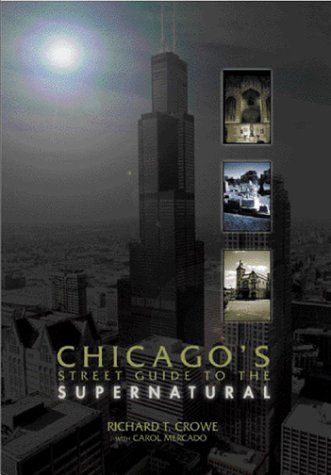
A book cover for Chicago's Street Guide to the Supernatural: A Guide to Haunted and Legendary Places In and Near the Windy City; Richard T. Crowe; Travel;